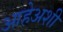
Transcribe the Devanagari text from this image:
आहेअशी